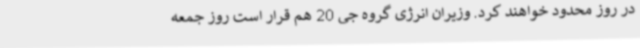
در روز محدود خواهند کرد. وزیران انرژی گروه جی 20 هم قرار است روز جمعه